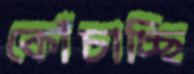
কোঁচাচ্ছি